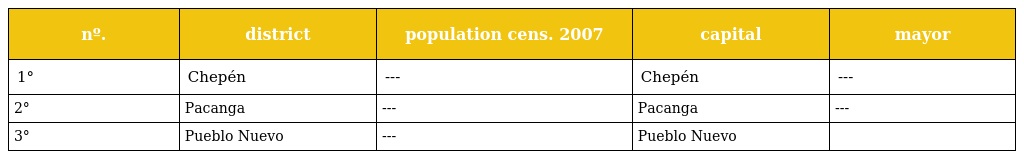
| nº. | district | population cens. 2007 | capital | mayor |
 | --- | --- | --- | --- | --- |
 | 1° | Chepén | --- | Chepén | --- |
 | 2° | Pacanga | --- | Pacanga | --- |
 | 3° | Pueblo Nuevo | --- | Pueblo Nuevo |  |